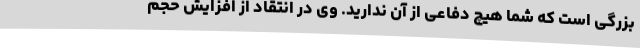
بزرگی است که شما هیچ دفاعی از آن ندارید. وی در انتقاد از افزایش حجم